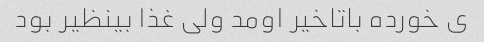
ی خورده باتاخیر اومد ولی غذا بینظیر بود